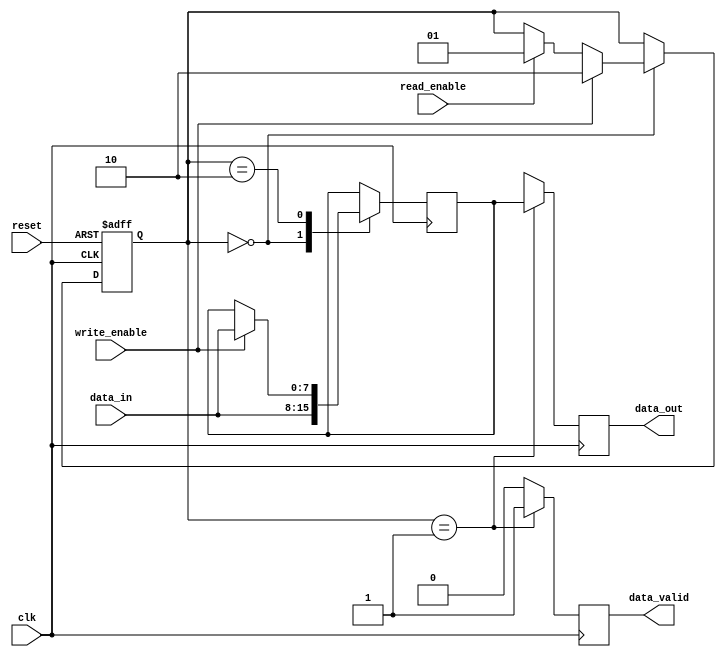
module ddr_sdram(
    input wire clk,
    input wire reset,
    input wire [7:0] data_in,
    input wire write_enable,
    input wire read_enable,
    output reg [7:0] data_out,
    output reg data_valid
);

reg [7:0] data_register;

// State machine for DDR SDRAM
reg [1:0] state;
parameter IDLE = 2'b00;
parameter READ = 2'b01;
parameter WRITE = 2'b10;

always @(posedge clk or posedge reset) begin
    if (reset) begin
        state <= IDLE;
    end else begin
        case(state)
            IDLE: begin
                if (read_enable) begin
                    state <= READ;
                end
                if (write_enable) begin
                    state <= WRITE;
                end
            end
            READ: begin
                // Read data from DDR SDRAM
                // Implement DDR SDRAM read operations here
            end
            WRITE: begin
                // Write data to DDR SDRAM
                // Implement DDR SDRAM write operations here
            end
        endcase
    end
end

// Data synchronization with clock signal
always @(posedge clk) begin
    case(state)
        IDLE: begin
            data_register <= data_in;
        end
        WRITE: begin
            if (write_enable) begin
                data_register <= data_in;
            end
        end
    endcase
end

// Output data when data is valid
always @(posedge clk) begin
    if (state == READ) begin
        data_out <= data_register;
        data_valid <= 1'b1;
    end else begin
        data_out <= 8'hXX; // Dummy value
        data_valid <= 1'b0;
    end
end

endmodule